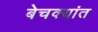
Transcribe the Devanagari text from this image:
बेचक्यांत